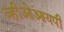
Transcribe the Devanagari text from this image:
व्हीओआयपी